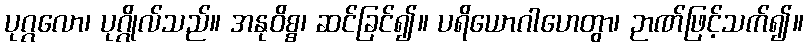
ပုဂ္ဂလော၊ ပုဂ္ဂိုလ်သည်။ အနုဝိစ္စ၊ ဆင်ခြင်၍။ ပရိယောဂါဟေတွာ၊ ဉာဏ်ဖြင့်သက်၍။